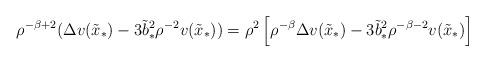
LaTeX: \begin{align*}\rho^{-\beta+2}(\Delta v(\tilde{x}_{\ast})-3\tilde{b}_{\ast}^2\rho^{-2}v(\tilde{x}_{\ast}))=\rho^2\left[\rho^{-\beta}\Delta v(\tilde{x}_{\ast})-3\tilde{b}_{\ast}^2\rho^{-\beta-2}v(\tilde{x}_{\ast})\right]\end{align*}